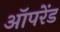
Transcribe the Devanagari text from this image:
ऑपरेंड